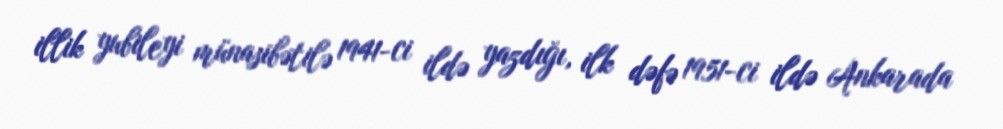
illik yubileyi münasibətilə 1941-ci ildə yazdığı, ilk dəfə 1951-ci ildə Ankarada